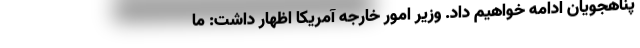
پناهجویان ادامه خواهیم داد. وزیر امور خارجه آمریکا اظهار داشت: ما